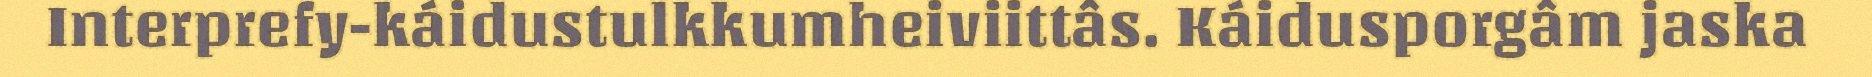
Interprefy-káidustulkkumheiviittâs. Káidusporgâm jaska